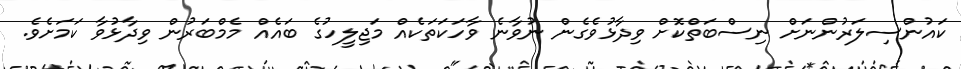
ކައުންސިލަރުންނަށް ނިސްބަތްކޮށް ވިދާޅުވެގެން ނުވާނެ ވާހަކަތަކެއް މަޖިލީހުގެ ބައެއް މެމްބަރުން ވިދާޅުވާ ކަމަށެވެ.